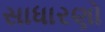
સાધારણો